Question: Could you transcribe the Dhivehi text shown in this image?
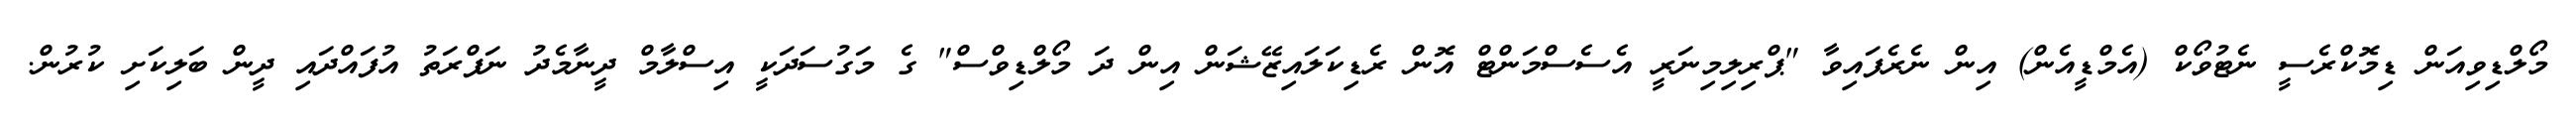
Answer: މޯލްޑިވިއަން ޑިމޮކްރެސީ ނެޓުވޯކް (އެމްޑީއެން) އިން ނެރެފައިވާ "ޕްރިލިމިނަރީ އެސެސްމަންޓް އޮން ރެޑިކަލައިޒޭޝަން އިން ދަ މޯލްޑިވްސް" ގެ މަގުސަދަކީ އިސްލާމް ދީނާމެދު ނަފްރަތު އުފައްދައި ދީން ބަލިކަށި ކުރުން.